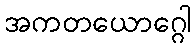
အကတယောဂ္ဂေါ